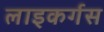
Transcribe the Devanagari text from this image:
लाइकर्गस